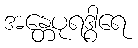
အန္တေပုရဒွါရေ